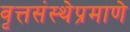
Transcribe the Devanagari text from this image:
वृत्तसंस्थेप्रमाणे